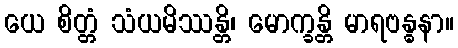
ယေ စိတ္တံ သံယမိဿန္တိ၊ မောက္ခန္တိ မာရဗန္ဓနာ။